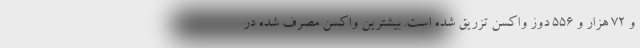
و 72 هزار و 556 دوز واکسن تزریق شده است. بیشترین واکسن مصرف شده در